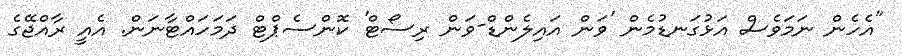
"އެހެން ނަމަވެސް އަޅުގަނޑުމެން 'ވަން އައިލެންޑް-ވަން ރިސޯޓް' ކޮންސެޕްޓް ދަމަހައްޓާނަން. އެއީ ރާއްޖޭގެ